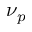
\nu _ { p }